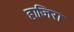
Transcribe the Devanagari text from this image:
हाजिरा